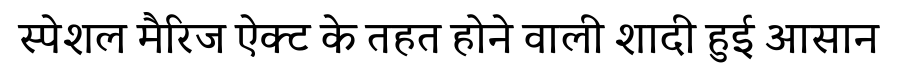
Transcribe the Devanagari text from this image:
स्पेशल मैरिज ऐक्ट के तहत होने वाली शादी हुई आसान